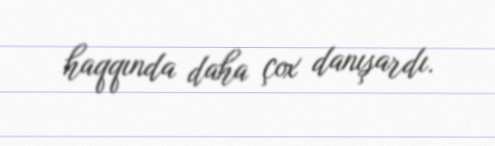
haqqında daha çox danışardı.